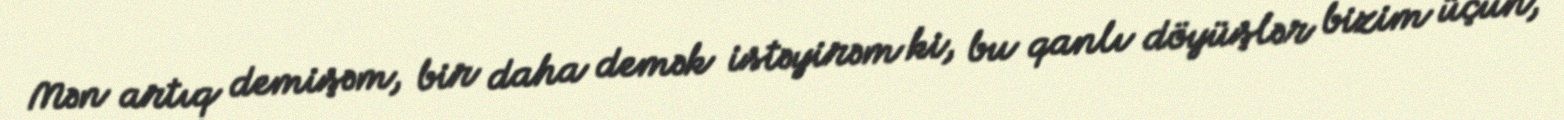
Mən artıq demişəm, bir daha demək istəyirəm ki, bu qanlı döyüşlər bizim üçün,